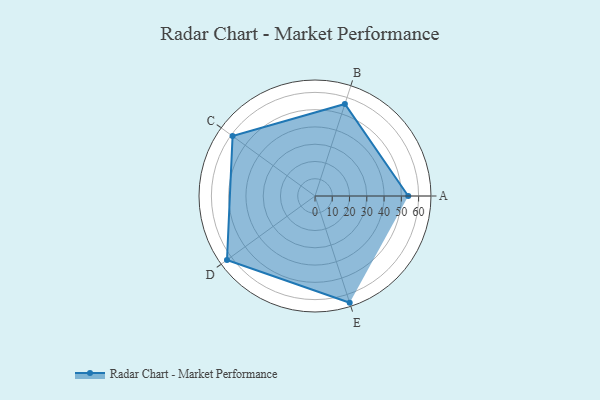
{"axis": {"x": "Skill", "y": "Score"}, "legend": ["Profile"], "data": [{"x": "A", "y": 54.0, "type": "Profile"}, {"x": "B", "y": 56.0, "type": "Profile"}, {"x": "C", "y": 59.0, "type": "Profile"}, {"x": "D", "y": 63.0, "type": "Profile"}, {"x": "E", "y": 65.0, "type": "Profile"}]}